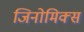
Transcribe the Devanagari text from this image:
जिनोमिक्स